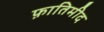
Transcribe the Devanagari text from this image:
फ़ातिमीद